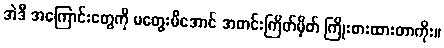
အဲဒီ အကြောင်းတွေကို မတွေးမိအောင် အတင်းကြိတ်မှိတ် ကြိုးစားထားတာကိုး။